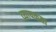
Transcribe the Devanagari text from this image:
व्‍यापकता